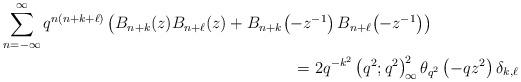
LaTeX: \begin{align*} \sum_{n=-\infty}^{\infty}q^{n(n+k+\ell)}&\left(B_{n+k}(z)B_{n+\ell}(z)+B_{n+k}\!\left(-z^{-1}\right)B_{n+\ell}\!\left(-z^{-1}\right)\right)\\ &\hskip136pt=2q^{-k^{2}}\left(q^{2};q^{2}\right)_{\!\infty}^{\!2}\theta_{q^{2}}\left(-qz^{2}\right)\delta_{k,\ell} \end{align*}